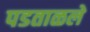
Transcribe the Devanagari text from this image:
पडताळले